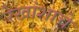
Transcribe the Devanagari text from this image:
रेखांशाचे